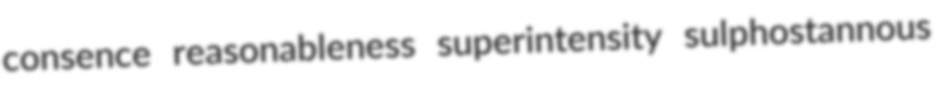
consence reasonableness superintensity sulphostannous